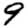
Digit: 9